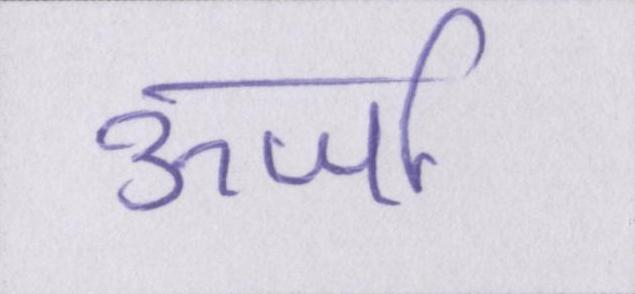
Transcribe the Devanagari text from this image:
ऊर्जा